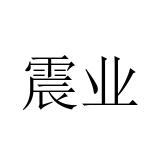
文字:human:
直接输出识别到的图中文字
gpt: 震业